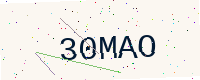
Text: 30MAO